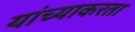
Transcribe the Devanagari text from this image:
यांच्याकरता